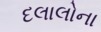
દલાલોના